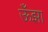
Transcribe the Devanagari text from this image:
ऊँझा